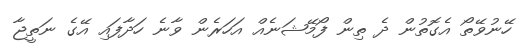
ހޭނުވޭތޯ އެގޮތުން ދެ ތިން ފޯމޭޝަނެއް އަހަރެން ވާނެ ހަދާފައި އޭގެ ނަތީޖާ